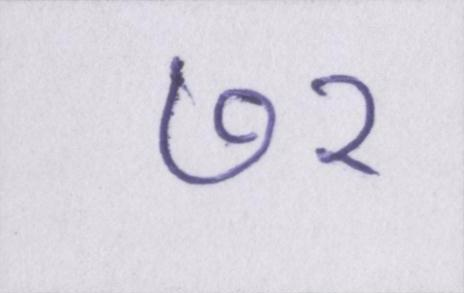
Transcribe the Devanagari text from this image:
७२